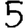
Digit: 5